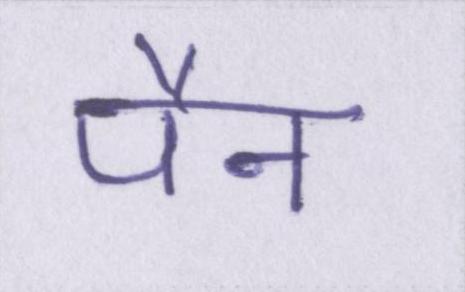
पैन